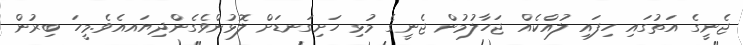
ޖެނީގެ އަތުގައި ހިފައި ލުއްކެއް ޖަހާލުމުން ޖެނީގެ މުޅި ހަށިގަނޑަށް ލޮޅުންވެގެންދިޔައއެވެ.މީހަ ބިރުން